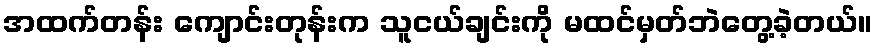
အထက်တန်း ကျောင်းတုန်းက သူငယ်ချင်းကို မထင်မှတ်ဘဲတွေ့ခဲ့တယ်။